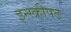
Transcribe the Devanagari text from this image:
इन्स्क्रीपट